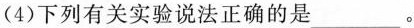
(4)下列有关实验说法正确的是___。